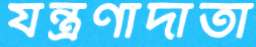
যন্ত্রণাদাতা